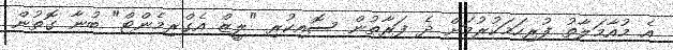
އެ މުއާމަލާތު ފުރިހަމަކުރުމަށް ދެ ފަރާތުން ސޮއިކުރި "ލީޒް އެގްރިމެންޓް" ބުނާ ގޮތުން